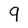
Character: 9